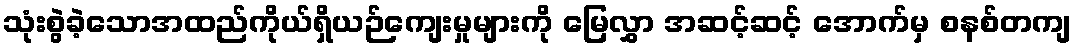
သုံးစွဲခဲ့သောအထည်ကိုယ်ရှိယဉ်ကျေးမှုများကို မြေလွှာ အဆင့်ဆင့် အောက်မှ စနစ်တကျ